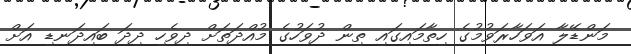
މަންޑޭލާ އަވަހާރަވުމުގެ ހިތާމައިގައި ތިން ދުވަހުގެ މުއްދަތަށް ދިވެހި ދިދަ ބައިދަނޑި އަށް